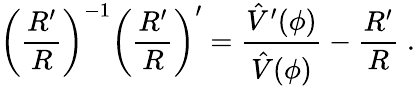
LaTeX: \left({\frac{R^{\prime}}{R}}\right)^{-1}\left({\frac{R^{\prime}}{R}}\right)^{\prime}={\frac{\hat{V}^{\prime}(\phi)}{\hat{V}(\phi)}}-{\frac{R^{\prime}}{R}}\; .